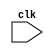
module reg_signed(input clk);

reg signed [63:0] var_a;
reg signed [63:0] var_b;
reg [63:0] var_z;
initial begin
  var_a = -64'd34359738368;//FFFFFFFFFFFFFFF0; //8000000000000010;  //7
  var_b = 64'h0000000000000014;  //59
end

always @(posedge clk) begin
$display("var_a: %h, var_b: %d",var_a,var_b);
 var_z = var_a + var_b;
 $display("var_z in h: %h, var_z in d: %d",var_z,var_z);  
end
endmodule

module clock(output reg clk);
 reg_signed U1(clk); 
 always#10 clk= ~clk;
 initial begin
   clk=0;
   #20;
   $finish;
 end
endmodule